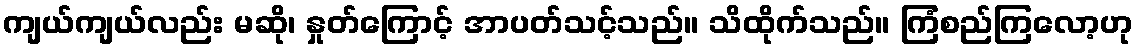
ကျယ်ကျယ်လည်း မဆို၊ နှုတ်ကြောင့် အာပတ်သင့်သည်။ သိထိုက်သည်။ ကြံစည်ကြလော့ဟု